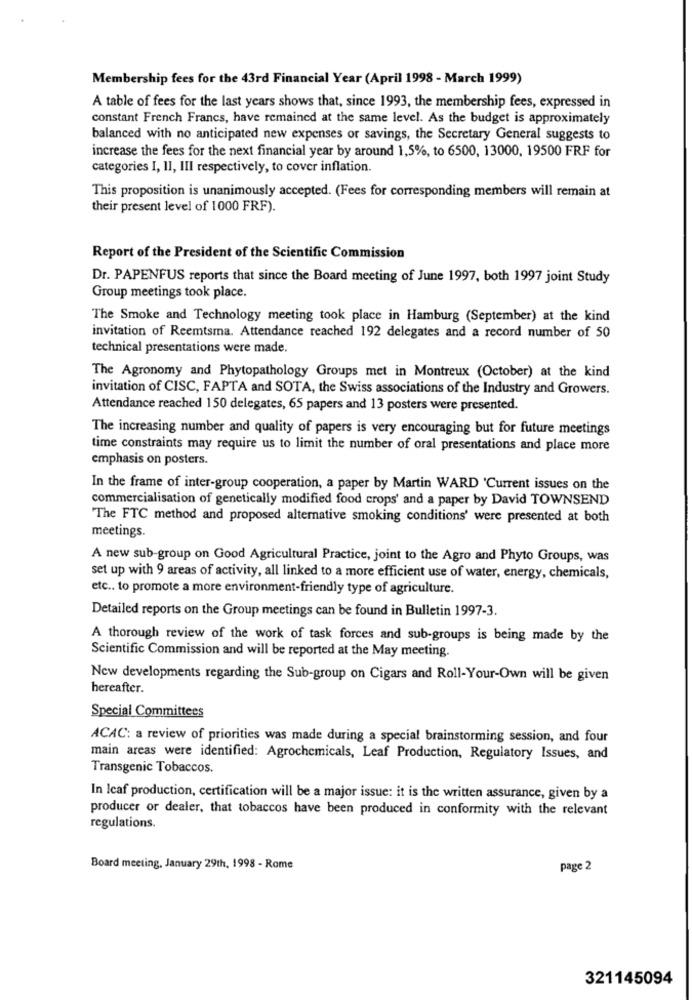
Membership fees for the 43rd Financial Year (April 1998 - March 1999)
A table of fees for the last years shows that, since 1993, the membership fees, expressed in
constant French Francs, have remained at the same level. As the budget is approximately
balanced with no anticipated new expenses or savings, the Secretary General suggests to
increase the fees for the next financial year by around 1,5%, to 6500, 13000, 19500 FRF for
categories I, II, III respectively, to cover inflation.
This proposition is unanimously accepted. (Fees for corresponding members will remain at
their present level of 1000 FRF).
Report of the President of the Scientific Commission
Dr. PAPENFUS reports that since the Board meeting of June 1997, both 1997 joint Study
Group meetings took place.
The Smoke and Technology meeting took place in Hamburg (September) at the kind
invitation of Reemtsma. Attendance reached 192 delegates and a record number of 50
technical presentations were made.
The Agronomy and Phytopathology Groups met in Montreux (October) at the kind
invitation of CISC, FAPTA and SOTA, the Swiss associations of the Industry and Growers.
Attendance reached 150 delegates, 65 papers and 13 posters were presented.
The increasing number and quality of papers is very encouraging but for future meetings
time constraints may require us to limit the number of oral presentations and place more
emphasis on posters.
In the frame of inter-group cooperation, a paper by Martin WARD 'Current issues on the
commercialisation of genetically modified food crops' and a paper by David TOWNSEND
The FTC method and proposed alternative smoking conditions' were presented at both
meetings.
A new sub-group on Good Agricultural Practice, joint to the Agro and Phyto Groups, was
set up with 9 areas of activity, all linked to a more efficient use of water, energy, chemicals,
etc .. to promote a more environment-friendly type of agriculture.
Detailed reports on the Group meetings can be found in Bulletin 1997-3.
A thorough review of the work of task forces and sub-groups is being made by the
Scientific Commission and will be reported at the May meeting.
New developments regarding the Sub-group on Cigars and Roll-Your-Own will be given
hereafter.
Special Committees
ACAC: a review of priorities was made during a special brainstorming session, and four
main areas were identified: Agrochemicals, Leaf Production, Regulatory Issues, and
Transgenic Tobaccos.
In Icaf production, certification will be a major issue: it is the written assurance, given by a
producer or dealer, that tobaccos have been produced in conformity with the relevant
regulations.
Board meeting, January 29th, 1998 - Rome
page 2
321145094